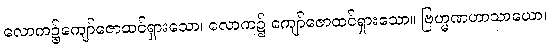
လောက၌ကျော်ဇောထင်ရှားသော၊ လောက၌ ကျော်ဇောထင်ရှားသော။ ဗြဟ္မဏဟာသာယော၊